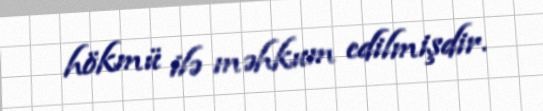
hökmü ilə məhkum edilmişdir.